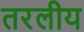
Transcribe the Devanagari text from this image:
तरलीय